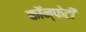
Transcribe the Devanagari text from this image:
कॉन्फेटी